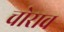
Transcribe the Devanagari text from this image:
चोराव